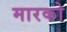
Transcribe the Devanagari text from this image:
मारको